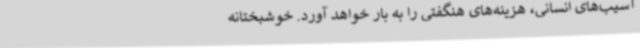
آسیب‌های انسانی، هزینه‌های هنگفتی را به بار خواهد آورد. خوشبختانه